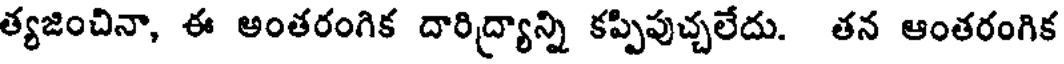
త్యజించినా, ఈ అంతరంగిక దారిద్ర్యాన్ని కప్పిపుచ్చలేదు. తన ఆంతరంగిక